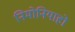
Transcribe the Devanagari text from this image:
निमोनियाहो